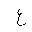
Letter: _ayn